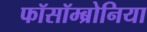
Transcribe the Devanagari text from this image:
फॉसॉम्ब्रोनिया